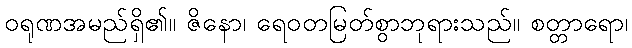
ဝရုဏအမည်ရှိ၏။ ဇိနော၊ ရေဝတမြတ်စွာဘုရားသည်။ စတ္တာရော၊